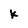
Character: k